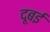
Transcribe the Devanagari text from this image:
दूबई